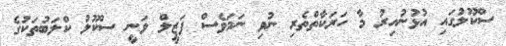
ސްކޫލުގައި އުޅުނުއިރު މާ ހަރަކާތްތެރި ނުވި ނަމަވެސް ފަޒީލް ވަނީ ސްކޫލު ކްލަބުތަކުގެ